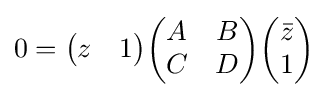
0={\begin{pmatrix}z&1\end{pmatrix}}{\begin{pmatrix}A&B\\C&D\end{pmatrix}}{\begin{pmatrix}{\bar {z}}\\1\end{pmatrix}}